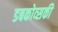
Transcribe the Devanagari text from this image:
डबकोव्सकी